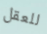
للعقل